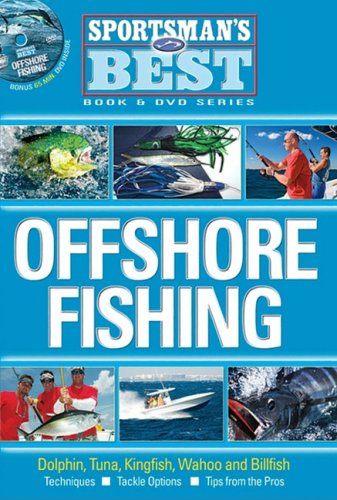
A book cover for Sportsman's Best: Offshore Fishing; Jerold 'Buck' Hall; Arts & Photography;